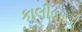
કાલીબાડી